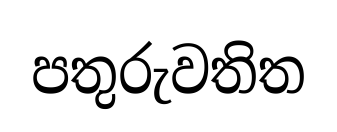
පතුරුවතිත